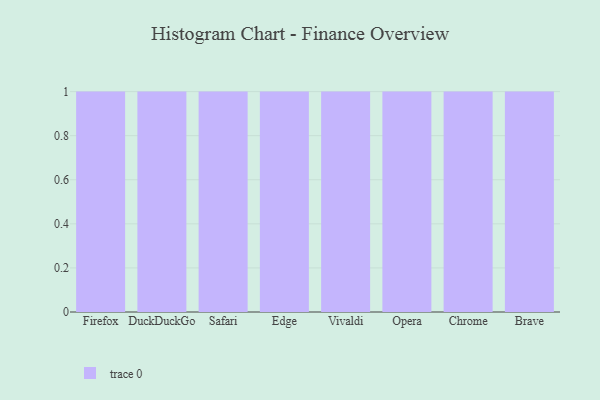
{"axis": {"x": "Browser", "y": "Shipments"}, "legend": [""], "data": [{"x": "Firefox", "y": 13, "type": ""}, {"x": "DuckDuckGo", "y": 89, "type": ""}, {"x": "Safari", "y": 39, "type": ""}, {"x": "Edge", "y": 3, "type": ""}, {"x": "Vivaldi", "y": 54, "type": ""}, {"x": "Opera", "y": 24, "type": ""}, {"x": "Chrome", "y": 49, "type": ""}, {"x": "Brave", "y": 82, "type": ""}]}